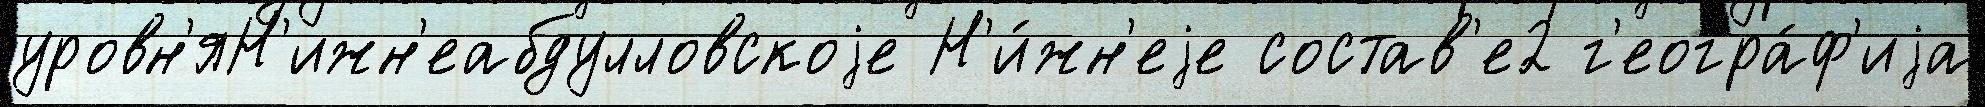
уровн'яН'ижн'еабдулловскоjе Н'и́жн'еjе состав'е2 г'еогра́ф'иjа